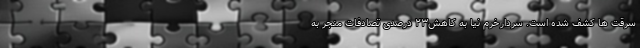
سرقت ها کشف شده است. سردارخرم نیا به کاهش۲۳ درصدی تصادفات منجر به